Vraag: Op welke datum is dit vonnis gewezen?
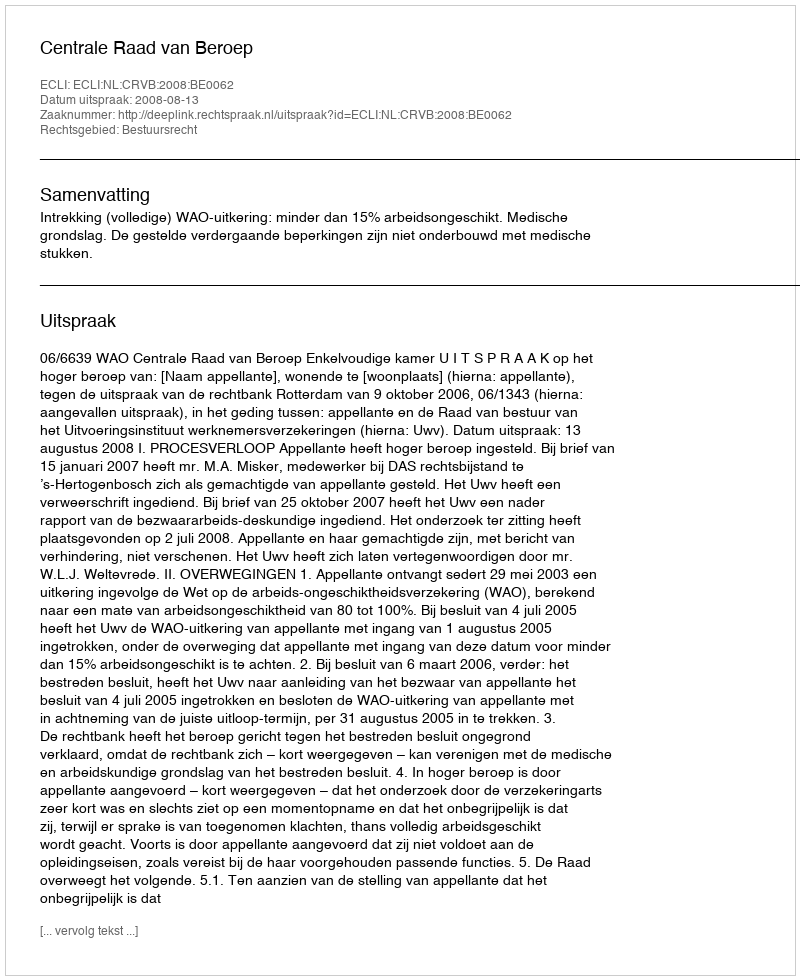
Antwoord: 2008-08-13